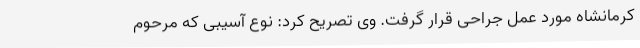
کرمانشاه مورد عمل جراحی قرار گرفت. وی تصریح کرد: نوع آسیبی که مرحوم